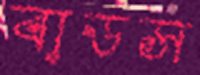
বাডস